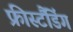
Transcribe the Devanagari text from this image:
फ्रीस्टैंडिंग